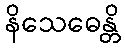
နိသေဓေန္တိ